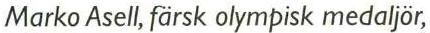
Marko Asell, färsk olympisk medaljör,